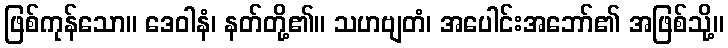
ဖြစ်ကုန်သော။ ဒေဝါနံ၊ နတ်တို့၏။ သဟဗျတံ၊ အပေါင်းအဘော်၏ အဖြစ်သို့။